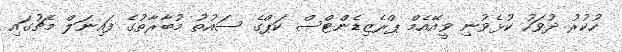
ހުކުރު ދުވަހު ކުޅެވުނި ވީއޭއެމް ޕްރެޒިޑެންޓްސް ކަޕްގެ ސައުތު މުބާރާތުގެ ފައިނަލް މެޗުގައި